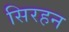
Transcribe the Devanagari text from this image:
सिरहन